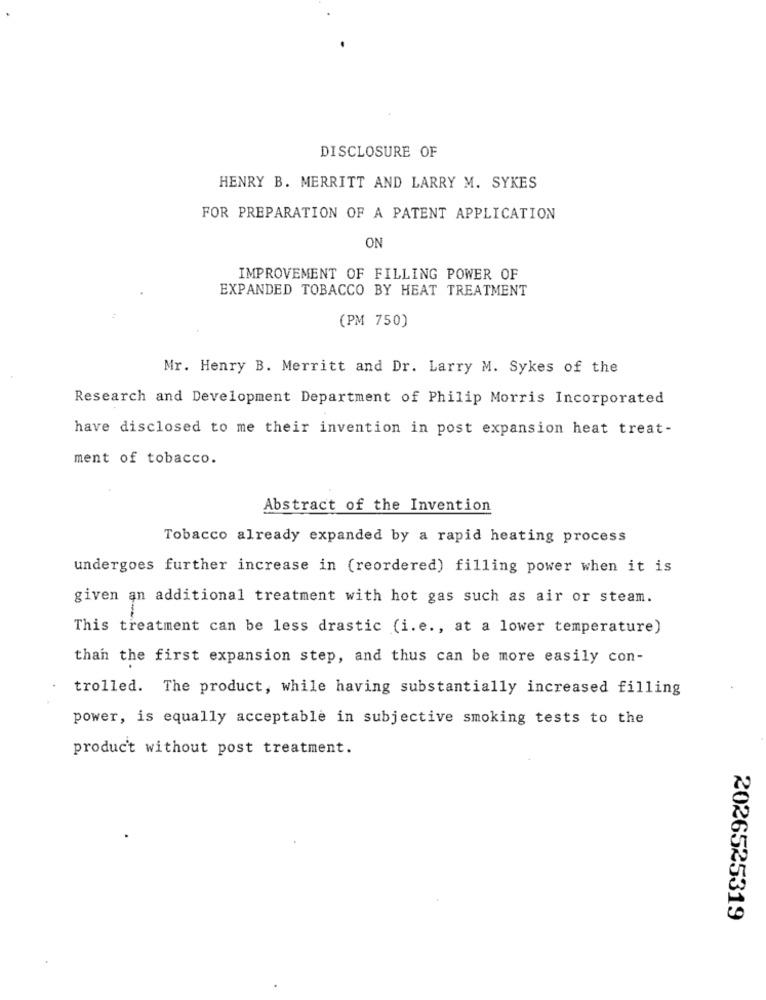
DISCLOSURE OF
HENRY B. MERRITT AND LARRY M. SYKES
FOR PREPARATION OF A PATENT APPLICATION
ON
IMPROVEMENT OF FILLING POWER OF
EXPANDED TOBACCO BY HEAT TREATMENT
(PM 750)
Mr. Henry B. Merritt and Dr. Larry M. Sykes of the
Research and Development Department of Philip Morris Incorporated
have disclosed to me their invention in post expansion heat treat-
ment of tobacco.
Abstract of the Invention
Tobacco already expanded by a rapid heating process
undergoes further increase in (reordered) filling power when it is
given an additional treatment with hot gas such as air or steam.
This treatment can be less drastic (i.e ., at a lower temperature)
than the first expansion step, and thus can be more easily con-
trolled. The product, while having substantially increased filling
power, is equally acceptable in subjective smoking tests to the
produc't without post treatment.
2026525319